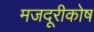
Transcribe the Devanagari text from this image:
मजदूरीकोष